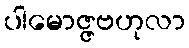
ပါမောဇ္ဇဗဟုလာ